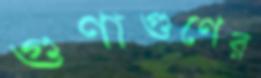
গুণাগুণের